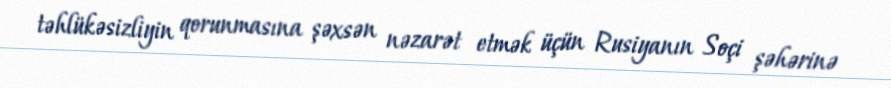
təhlükəsizliyin qorunmasına şəxsən nəzarət etmək üçün Rusiyanın Soçi şəhərinə